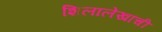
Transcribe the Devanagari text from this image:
शिलालेखांची